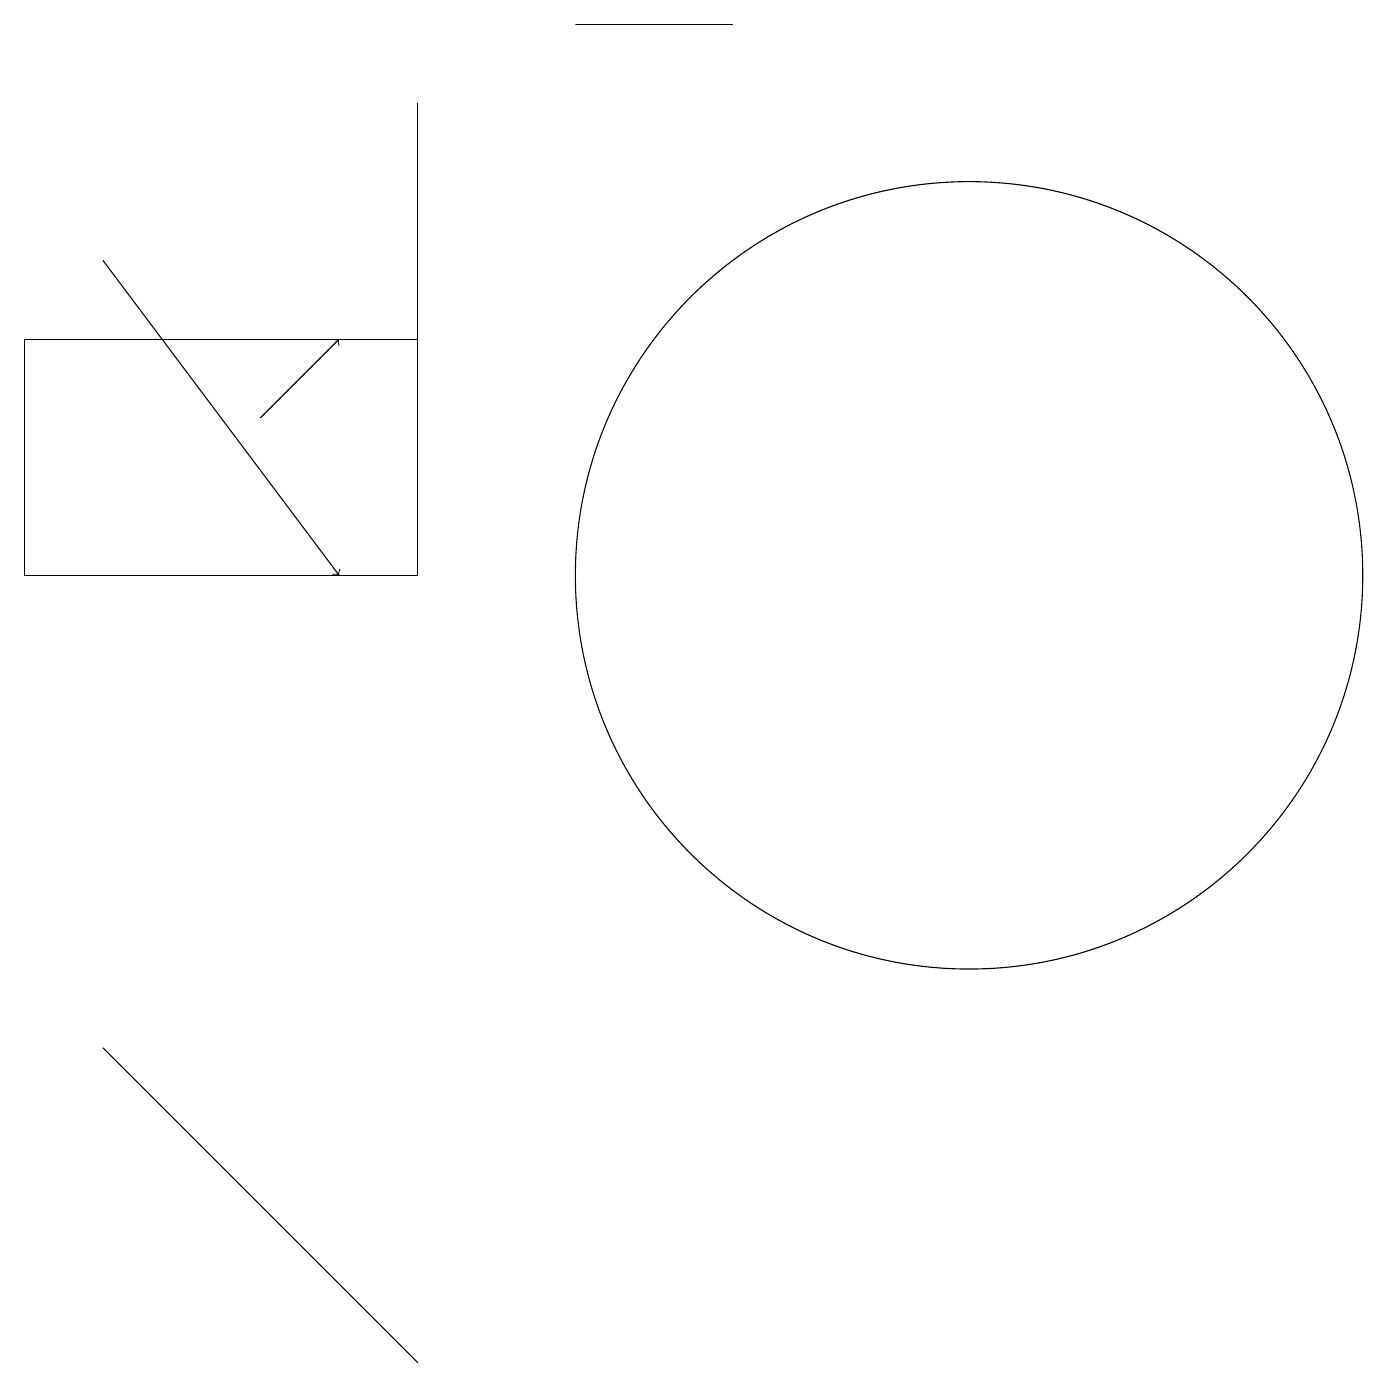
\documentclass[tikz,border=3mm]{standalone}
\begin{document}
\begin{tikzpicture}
\draw (7,18) rectangle (9,18);
\draw (5,14) rectangle (5,17);
\draw (12,11) circle (5);
\draw (0,11) rectangle (5,14);
\draw (4,2) -- (5,1) -- (1,5) -- cycle;
\draw[->] (3,13) -- (4,14);
\draw[->] (1,15) -- (4,11);
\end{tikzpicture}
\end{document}